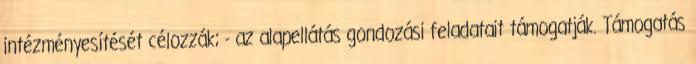
intézményesítését célozzák; - az alapellátás gondozási feladatait támogatják. Támogatás